Indian journal of veterinary science and animal husbandry - Volumes 24-25, 1954-1955
Year: 1954
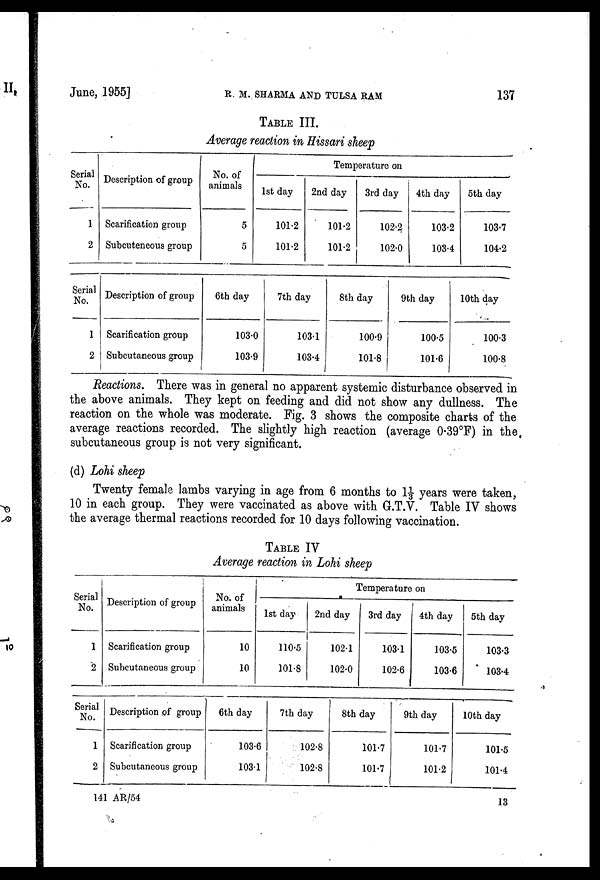
June, 1955]
R. M. SHARMA AND TULSA RAM 137
TABLE III.
Average reaction in Hissari sheep
Serial
No.
1
2
Description of group
Scarification group
Subcuteneous group
No of
animals
5
5
Temperature on
1st day
101.2
101.2
2nd day
101.2
101.2
3rd day
102.2
102.0
4th day
103.2
103.4
5th day
103.7
104.2
Serial
No.
1
2
Description of group
Scarification group
Subcutaneous group
6th day
103.0
103.9
7th day
103.1
103.4
8th day
100.9
101.8
9th day
100.5
101.6
10th day
100.3
100.8
Reactions. There was in general no apparent systemic disturbance observed in
the above animals. They kept on feeding and did not show any dullness. The
reaction on the whole was moderate. Fig. 3 shows the composite charts of the
average reactions recorded. The slightly high reaction (average 0.39°F) in the
subcutaneous group is not very significant.
(d) Lohi sheep
Twenty female lambs varying in age from 6 months to 1⅓ years were taken,
10 in each group. They were vaccinated as above with G.T.V. Table IV shows
the average thermal reactions recorded for 10 days following vaccination.
TABLE IV
Average reaction in Lohi sheep
Serial
No.
1
2
Description of group
Scarification group
Subcutaneous group
No. of
animals
10
10
Temperature on
1st day
110.5
101.8
2nd day
102.1
102.0
3rd day
103.1
102.6
4th day
103.5
103.6
5th day
103.3
103.4
Serial
No.
1
2
Description of group
Scarification group
Subcutaneous group
6th day
103.6
103.1
7th day
102.8
102.8
8th day
101.7
101.7
9th day
101.7
101.2
10th day
101.5
101.4
141 AR/54
13